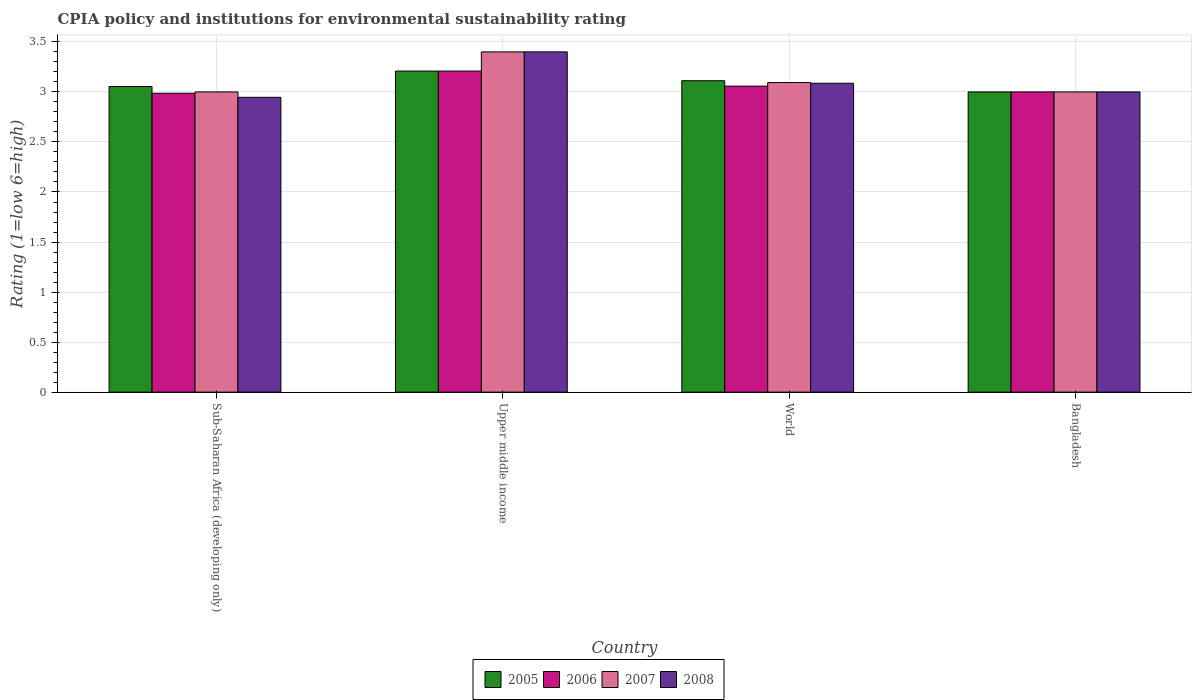
| Country | 2005 | 2006 | 2007 | 2008 |
 | --- | --- | --- | --- | --- |
 | Sub-Saharan Africa (developing only) | 3.05 | 2.99 | 3 | 2.95 |
 | Upper middle income | 3.21 | 3.21 | 3.4 | 3.4 |
 | World | 3.11 | 3.06 | 3.09 | 3.09 |
 | Bangladesh | 3 | 3 | 3 | 3 |